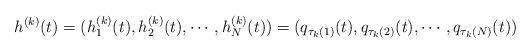
LaTeX: \begin{align*}h^{(k)}(t)=(h^{(k)}_1(t), h^{(k)}_2(t), \cdots, h^{(k)}_N(t)) = (q_{\tau_k(1)}(t), q_{\tau_k(2)}(t), \cdots, q_{\tau_k(N)}(t))\end{align*}